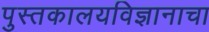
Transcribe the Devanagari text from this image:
पुस्तकालयविज्ञानाचा